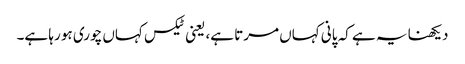
دیکھنا یہ ہے کہ پانی کہاں مرتا ہے، یعنی ٹیکس کہاں چوری ہو رہا ہے۔